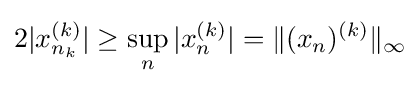
2|x_{n_{k}}^{(k)}|\geq \sup _{n}|x_{n}^{(k)}|=\|(x_{n})^{(k)}\|_{\infty }